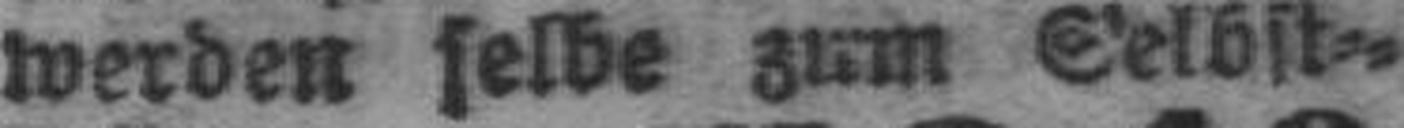
werden selbe zum Selbst¬